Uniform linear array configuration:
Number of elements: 4
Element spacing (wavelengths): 0.75
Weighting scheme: hann
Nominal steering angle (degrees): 15
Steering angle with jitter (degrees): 16.504
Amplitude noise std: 0.05
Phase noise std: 0.05

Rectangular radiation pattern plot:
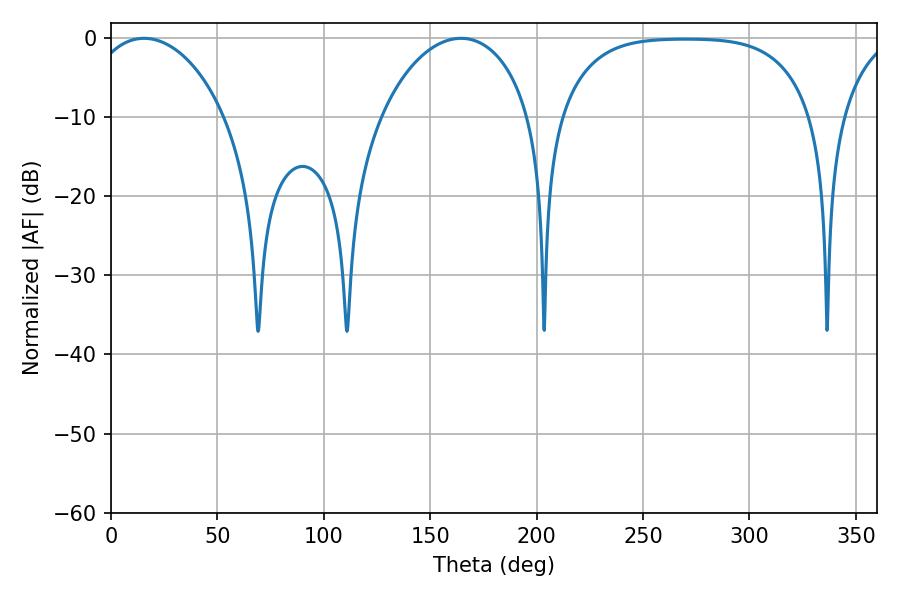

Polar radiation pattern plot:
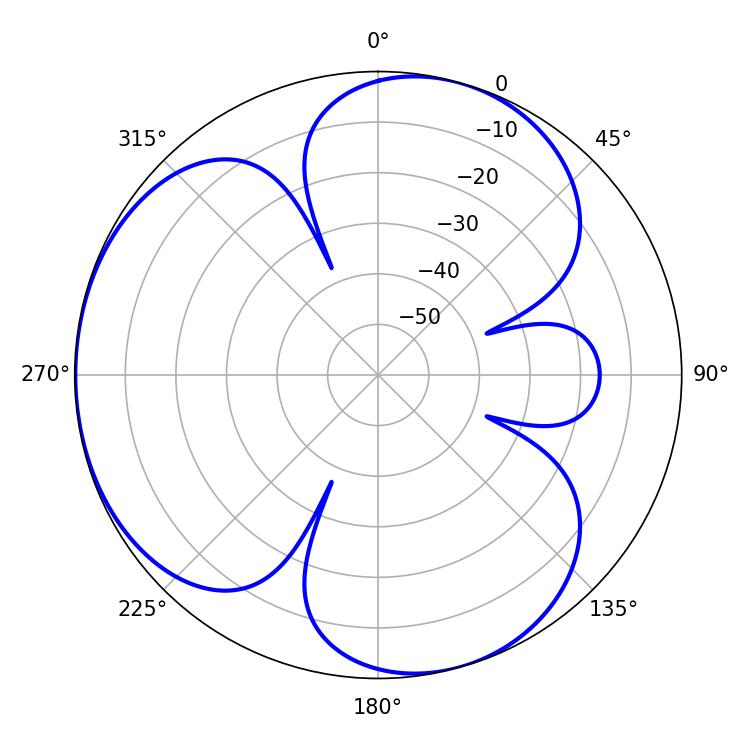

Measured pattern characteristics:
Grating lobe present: TRUE
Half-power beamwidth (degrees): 36.9
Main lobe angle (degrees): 15.48